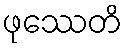
ဖုဿေတိ